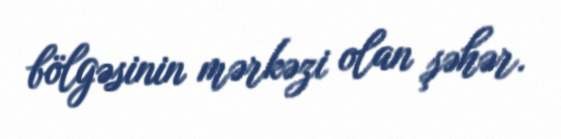
bölgəsinin mərkəzi olan şəhər.